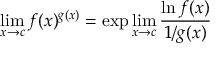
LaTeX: \operatorname* { l i m } _ { x \to c } f ( x ) ^ { g ( x ) } = \exp \operatorname* { l i m } _ { x \to c } { \frac { \ln f ( x ) } { 1 / g ( x ) } }